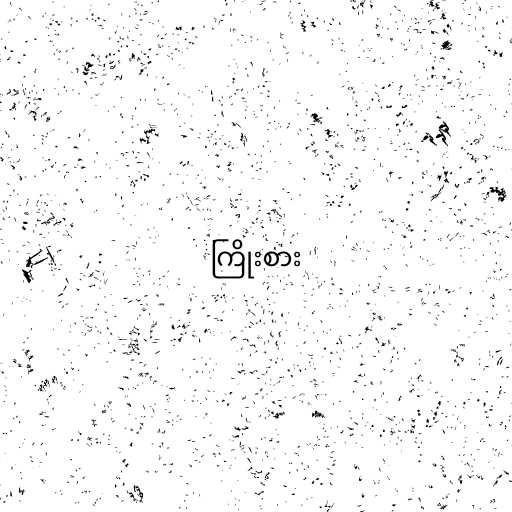
ကြိုးစား